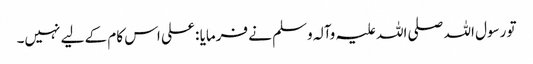
تو رسول اللہ صلی اللہ علیہ وآلہ وسلم نے فرمایا : علی اس کام کے لیے نہیں۔